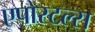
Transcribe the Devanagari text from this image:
एपोस्टल्स